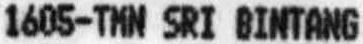
1605-TMN SRI BINTANG